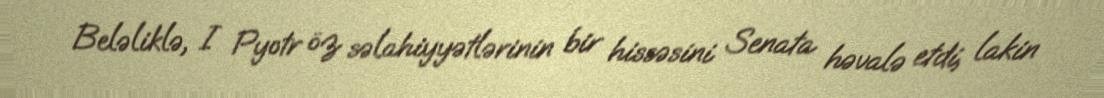
Beləliklə, I Pyotr öz səlahiyyətlərinin bir hissəsini Senata həvalə etdi, lakin